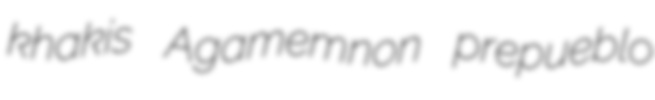
khakis Agamemnon prepueblo